Annual statistical returns and brief notes on vaccination in Bengal - 1909-1929
Year: 1909
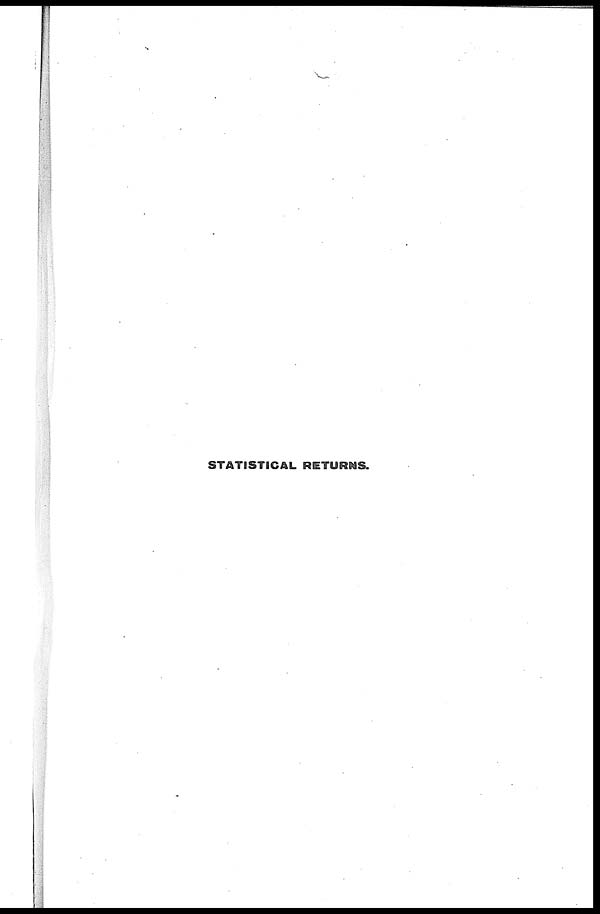
STATISTICAL RETURNS.